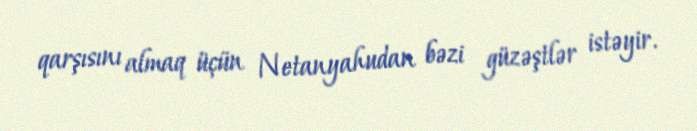
qarşısını almaq üçün Netanyahudan bəzi güzəştlər istəyir.